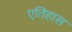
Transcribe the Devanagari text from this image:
एतिहास